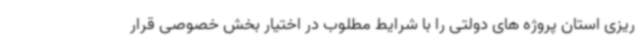
ریزی استان پروژه های دولتی را با شرایط مطلوب در اختیار بخش خصوصی قرار